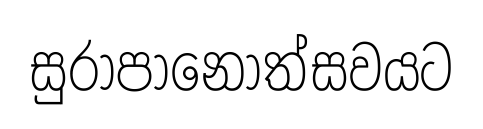
සුරාපානෝත්සවයට